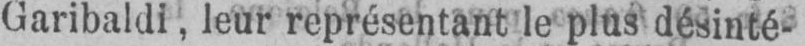
Garibaldi, leur représentant le plus désinté-